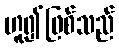
ဟူ၍ဖြစ်သည်